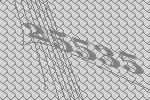
25535